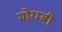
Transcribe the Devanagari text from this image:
मोरम्बी